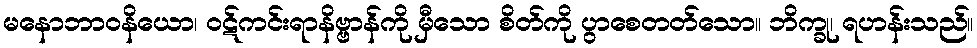
မနောဘာဝနိယော၊ ဝဋ်ကင်းရာနိဗ္ဗာန်ကို မှီသော စိတ်ကို ပွာစေတတ်သော။ ဘိက္ခု၊ ရဟန်းသည်။